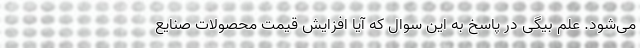
می‌شود. علم بیگی در پاسخ به این سوال که آیا افزایش قیمت محصولات صنایع